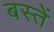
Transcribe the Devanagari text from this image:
बस्‍तें